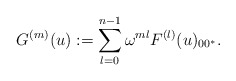
\begin{align*}G^{(m)}(u):=\sum_{l=0}^{n-1} \omega ^{ml} F^{(l)}(u)_{00^* }.\end{align*}